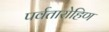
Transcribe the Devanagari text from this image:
पर्वतारोहिण